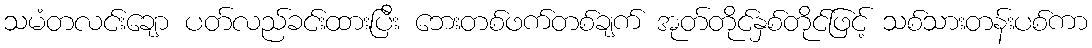
သမံတလင်းချော ပတ်လည်ခင်းထားပြီး ဘေးတစ်ဖက်တစ်ချက် အုတ်တိုင်နှစ်တိုင်ဖြင့် သစ်သားတန်းပစ်ကာ